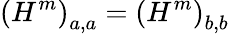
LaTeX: \left(H^{m}\right)_{a,a}=\left(H^{m}\right)_{b,b}